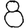
Digit: 8